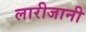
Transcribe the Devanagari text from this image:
लारीजानी